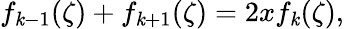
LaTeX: f_{\mathit{k}-1}(\zeta)+f_{\mathit{k}+1}(\zeta)=2xf_{\mathit{k}}(\zeta),